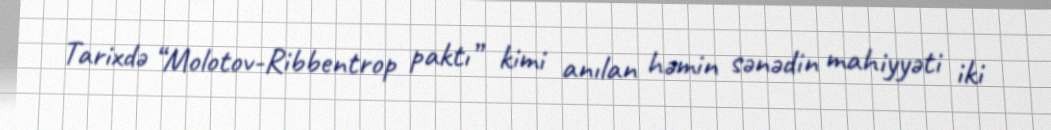
Tarixdə “Molotov-Ribbentrop paktı” kimi anılan həmin sənədin mahiyyəti iki